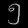
Digit: ၅